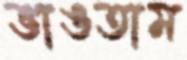
ভাঙতাম